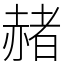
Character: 赭